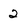
Character: 2